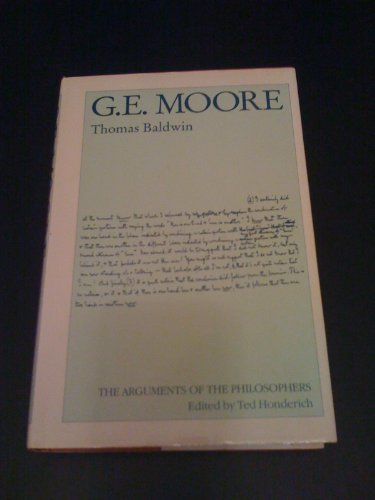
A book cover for G. E. Moore (Arguments of the Philosophers); Thomas Baldwin; Politics & Social Sciences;